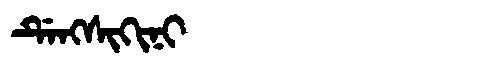
Manchu: ᡩᡝᠩᠰᡳᡴᡳᠨᡳ
Romanization: DENGSIKINI